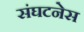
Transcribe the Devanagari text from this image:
संघटनेस